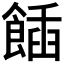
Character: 𩝟